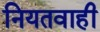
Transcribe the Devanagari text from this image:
नियतवाही